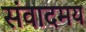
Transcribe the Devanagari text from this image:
संवादमय